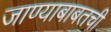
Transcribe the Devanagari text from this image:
जाण्याबाबतची